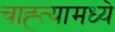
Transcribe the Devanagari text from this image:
चाह्त्यामध्ये